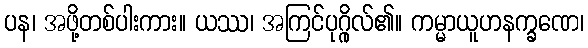
ပန၊ အဖို့တစ်ပါးကား။ ယဿ၊ အကြင်ပုဂ္ဂိုလ်၏။ ကမ္မာယူဟနက္ခဏေ၊